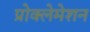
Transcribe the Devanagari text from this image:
प्रोक्लेमेशन